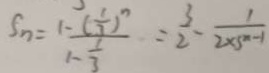
S _ { n } = \frac { 1 - ( - \frac { 1 } { 3 } ) ^ { n } } { 1 - \frac { 1 } { 3 } } = \frac { 3 } { 2 } - \frac { 1 } { 2 \times 5 ^ { n - 1 } }